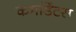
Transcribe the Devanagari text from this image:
कमांडेंटस